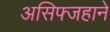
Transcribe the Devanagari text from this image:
असिफ्जहाने